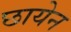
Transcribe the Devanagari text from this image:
छायेन